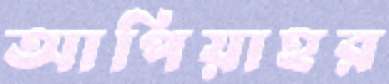
আপিয়াহর